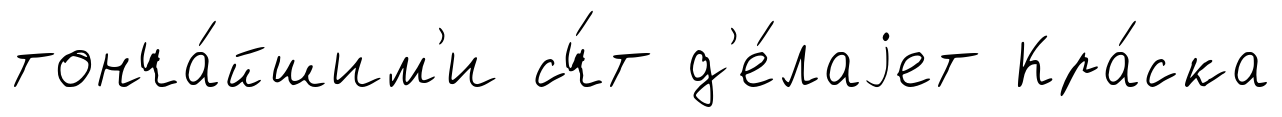
тонча́йшим'и сч́т д'е́лаjет Кра́ска